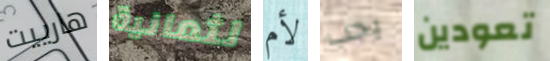
هارييت لثمانية لأم يجب تعودين